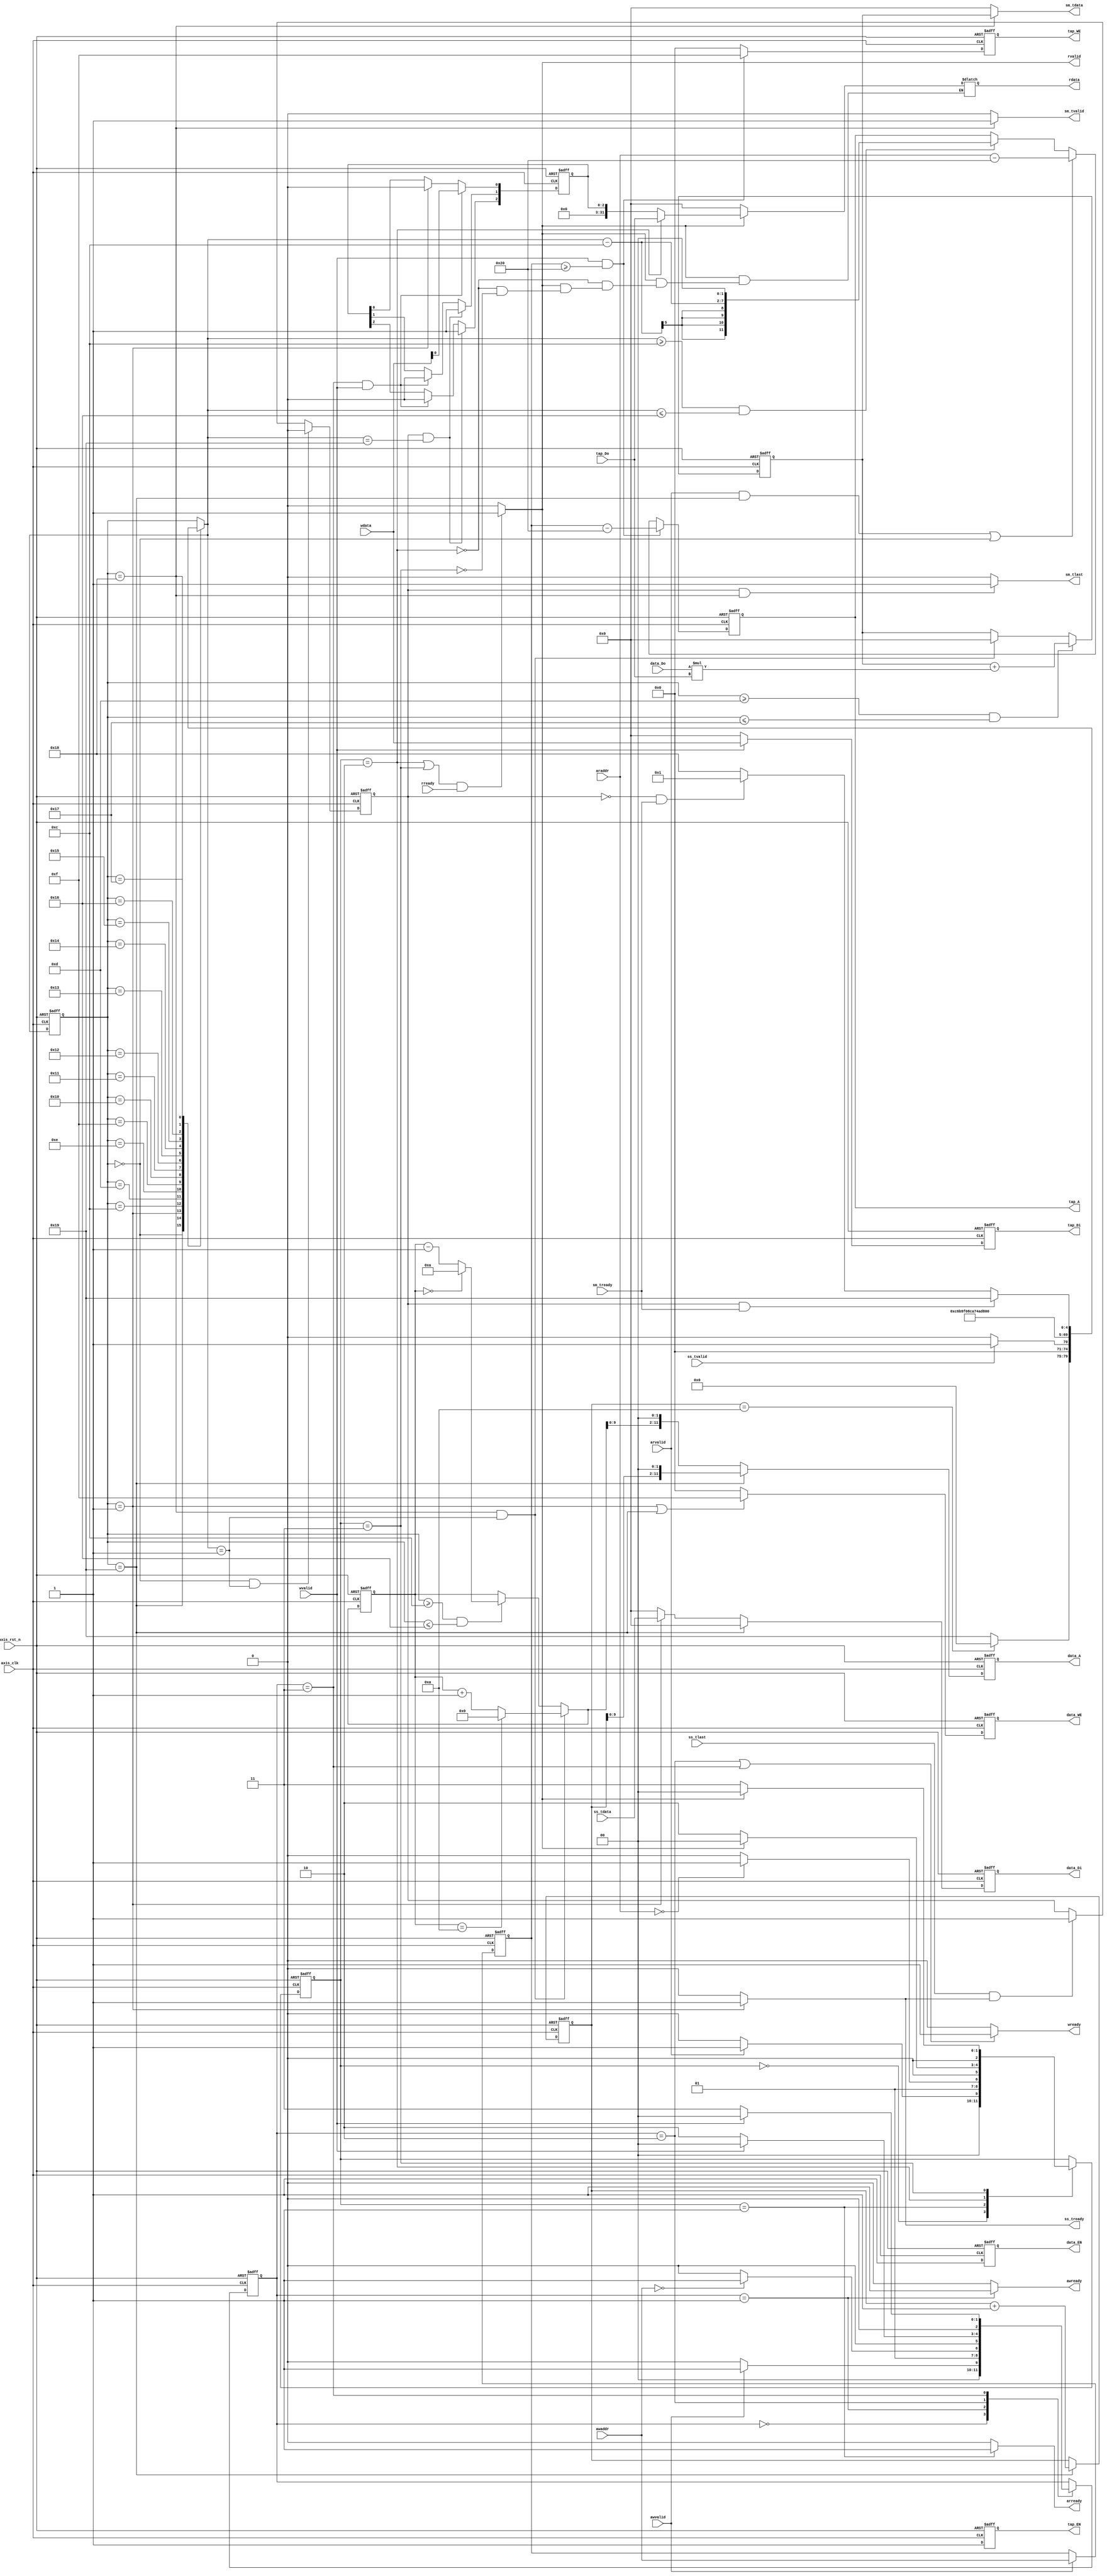
module fir 
#(  parameter pADDR_WIDTH = 12,
    parameter pDATA_WIDTH = 32,
    parameter Tape_Num    = 11
)
(
    // AXI-Lite
    output  reg                     awready,
    output  reg                     wready,
    input   wire                     awvalid,
    input   wire [(pADDR_WIDTH-1):0] awaddr,
    input   wire                     wvalid,
    input   wire [(pDATA_WIDTH-1):0] wdata,
    output  reg                     arready,
    input   wire                     rready,
    input   wire                     arvalid,
    input   wire [(pADDR_WIDTH-1):0] araddr,
    output  reg                     rvalid,
    output  reg [(pDATA_WIDTH-1):0] rdata, 

    // AXI-Stream   
    // Input data
    input   wire                     ss_tvalid, 
    input   wire [(pDATA_WIDTH-1):0] ss_tdata, 
    input   wire                     ss_tlast, 
    output  reg                     ss_tready, 
    // Output data
    input   wire                     sm_tready, 
    output  reg                     sm_tvalid, 
    output  reg [(pDATA_WIDTH-1):0] sm_tdata, 
    output  reg                     sm_tlast, 
    
    // bram for tap RAM
    output  reg [3:0]               tap_WE,
    output  reg                     tap_EN,
    output  reg [(pDATA_WIDTH-1):0] tap_Di,
    output  reg [(pADDR_WIDTH-1):0] tap_A,
    input   wire [(pDATA_WIDTH-1):0] tap_Do,

    // bram for data RAM
    output  reg [3:0]               data_WE,
    output  reg                     data_EN,
    output  reg [(pDATA_WIDTH-1):0] data_Di,
    output  reg [(pADDR_WIDTH-1):0] data_A,
    input   wire [(pDATA_WIDTH-1):0] data_Do,

    input   wire                     axis_clk,
    input   wire                     axis_rst_n
);


//FIR
localparam   IDLE      = 0,
             INPUT_1   = 1 ,
             INPUT_2   = 2 ,
             INPUT_3   = 3 ,
             INPUT_4   = 4 ,
             INPUT_5   = 5 ,
             INPUT_6   = 6 ,
             INPUT_7   = 7 ,
             INPUT_8   = 8 ,
             INPUT_9   = 9 ,
             INPUT_10  = 10,
             INPUT_11  = 11,

             WAIT      = 12,
             ADD_1     = 13,
             ADD_2     = 14,
             ADD_3     = 15,
             ADD_4     = 16,
             ADD_5     = 17,
             ADD_6     = 18,
             ADD_7     = 19,
             ADD_8     = 20,
             ADD_9     = 21,
             ADD_10    = 22,
             ADD_11    = 23,
             OUTPUT    = 24,
             RESET     = 25;

//AXILITE WRITE
localparam  WRITE_IDLE    = 0,
            WRITE_ADDR    = 1,
            WRITE_DATA_AP = 3,
            WRITE_DATA    = 2;

//AXILITE READ
localparam  READ_IDLE  = 0,
            READ_ADDR  = 1,
            READ_DATA  = 2,
            READ_DATA_AP = 3;            
reg [2:0] n_state_write, c_state_write, n_state_read, c_state_read;

reg [(pDATA_WIDTH-1):0] input_data, tap_data, n_tap_data;

reg [4:0] c_state, n_state;
reg done;
reg [(pDATA_WIDTH-1):0] temp;

reg [10:0] data_counter, n_data_counter;
reg [10:0] counter, n_counter;


reg [10:0] pointer, n_pointer;

reg [2:0] ap;

//ap signal
always @( posedge axis_clk or negedge axis_rst_n ) begin
    if(!axis_rst_n) begin
       ap[0] <= 0;
       ap[1] <= 0;
       ap[2] <= 1;
    end
    else begin
        ap[0] <= (c_state_write == WRITE_DATA_AP && wvalid == 1) ? wdata : ( c_state == INPUT_1 ) ? 0 : ap[0];
        ap[1] <= (done == 1 && n_state == RESET) ? 1 : (c_state_write == WRITE_DATA_AP && wvalid == 1) ? 0 : ap [1];
        ap[2] <= (done == 1 && n_state == RESET) ? 1 : (c_state_write == WRITE_DATA_AP && wvalid == 1) ? 0 : ap [2];
    end
end



always @(*) begin
    case (c_state_read)
        READ_IDLE : n_state_read = ( arvalid ) ? READ_ADDR : READ_IDLE;
        READ_ADDR : n_state_read = (araddr == 0) ? READ_DATA_AP : READ_DATA;
        READ_DATA : n_state_read = ( rvalid ) ? READ_IDLE : READ_DATA;
        READ_DATA_AP : n_state_read = ( rvalid ) ? READ_IDLE : READ_DATA_AP;
        default: n_state_read = c_state_read;
    endcase
end

always @( posedge axis_clk or negedge axis_rst_n ) begin
    if(!axis_rst_n) c_state_read <= READ_IDLE;
    else            c_state_read <= n_state_read;
end

always @(*) begin
    arready = ( c_state_read == READ_ADDR ) ? 1 : 0;
    rvalid  = ( (c_state_read == READ_DATA || c_state_read == READ_DATA_AP) && rready == 1 ) ? 1 : 0;
    if(rvalid == 1)begin
        if( c_state_read == READ_DATA )     rdata = tap_Do;
        else if ( c_state_read == READ_DATA_AP )begin
            rdata = ap;
        end
    end 
    else rdata = 0;
end




always @(*) begin
    case (c_state_write)
        WRITE_IDLE    : n_state_write = ( awvalid ) ? WRITE_ADDR : WRITE_IDLE;
        WRITE_ADDR    : n_state_write = (awaddr == 0) ? WRITE_DATA_AP :WRITE_DATA;
        WRITE_DATA    : n_state_write = ( wvalid ) ? WRITE_IDLE : WRITE_DATA;
        WRITE_DATA_AP : n_state_write = ( wvalid ) ? WRITE_IDLE : WRITE_DATA_AP;
        default: n_state_write = c_state_write;
    endcase
end

always @( posedge axis_clk or negedge axis_rst_n ) begin
    if(!axis_rst_n) c_state_write <= WRITE_IDLE;
    else            c_state_write <= n_state_write;
end

always @(*) begin
    awready = ( c_state_write == WRITE_ADDR ) ? 1 : 0;
    wready  = ( c_state_write == WRITE_DATA || c_state_write == WRITE_DATA_AP) ? 1 : 0;
end


//SRAM write in and read out according to AXI addr
reg [11:0] addr_save;


always @( posedge axis_clk or negedge axis_rst_n ) begin
    if(!axis_rst_n)begin
        tap_WE <= 0;
        tap_EN <= 0;
        tap_Di <= 0;
        tap_A  <= 0;
        addr_save <= 0;
    end
    else begin
        tap_EN    <= 1;
        addr_save <= ( awvalid )  ? awaddr : addr_save; 
        tap_A     <= ( wvalid && addr_save >= 32 ) ? addr_save - 'h20 : ( arvalid && c_state == RESET || c_state == IDLE) ? araddr - 'h20 : (n_state >= 12 && n_state <= 22) ? (n_state - 12)<<2 : tap_A ;
        tap_Di    <= ( wvalid ) ? wdata  : 0;
        tap_WE    <= ( wvalid && addr_save >= 32 ) ? 15 : 0;
    end  
end







always @(*) begin
    case (c_state)
        RESET    : n_state = (counter == 10) ? IDLE : RESET;
        IDLE     : n_state = ( ss_tvalid == 1 ) ? INPUT_1 : IDLE;
        INPUT_1  : n_state = WAIT;
        WAIT     : n_state = ADD_1 ;
        ADD_1    : n_state = ADD_2 ;
        ADD_2    : n_state = ADD_3 ;
        ADD_3    : n_state = ADD_4 ;
        ADD_4    : n_state = ADD_5 ;
        ADD_5    : n_state = ADD_6 ;
        ADD_6    : n_state = ADD_7 ;
        ADD_7    : n_state = ADD_8 ;
        ADD_8    : n_state = ADD_9 ;
        ADD_9    : n_state = ADD_10;
        ADD_10   : n_state = ADD_11;
        ADD_11   : n_state = OUTPUT;
        OUTPUT   : n_state = (done == 1 && sm_tready == 1) ? RESET : (done == 0 && sm_tready == 1) ? INPUT_1 : OUTPUT;
        default: n_state = c_state;
    endcase
end

always @(posedge axis_clk or negedge axis_rst_n) begin
    if(!axis_rst_n) done <= 0;
    else            done <= (c_state == IDLE && n_state == INPUT_1) ? 0 : (ss_tlast == 1 && ss_tready == 1) ? 1 : done;
end

always @( posedge axis_clk or negedge axis_rst_n ) begin
    if(!axis_rst_n) c_state <= RESET;
    else            c_state <= n_state;
end


always @( posedge axis_clk or negedge axis_rst_n ) begin
    if(!axis_rst_n)begin
        data_A  <= 0;
        data_EN <= 0;
        data_Di <= 0;
        counter <= 0;
        data_WE <= 0;
    end
    else begin
        counter <= ( c_state == RESET ) ? counter + 1 : counter;
        data_A  <= ( c_state == RESET ) ? counter<<2 : n_pointer<<2;
        data_EN <= 1;
        data_Di <= ( c_state == RESET ) ? 0 : (c_state == INPUT_1) ? ss_tdata : 0;
        data_WE <= ( c_state == INPUT_1 || c_state == RESET ) ? 15 : 0;
    end
end

//axi stream input
always @(*) begin
    ss_tready = (c_state == INPUT_1) ? 1 : 0;
end

//pointer 
always @(*) begin
    n_pointer = pointer;
    if(c_state == OUTPUT && n_state == INPUT_1)begin
        if (pointer == 10) n_pointer = 0;
        else n_pointer = pointer + 1;
    end
    else if (c_state >= 12 && c_state <= 22)begin
        if (pointer == 0) n_pointer = 10;
        else              n_pointer = pointer - 1;
    end                 
end

always @( posedge axis_clk or negedge axis_rst_n) begin
    if(!axis_rst_n) pointer <= 0;
    else           pointer <= n_pointer;
end






//MA
always @(posedge axis_clk or negedge axis_rst_n) begin
    if(!axis_rst_n) temp <= 0;
    else            temp <= (c_state >= 13 && c_state <= 23 ) ? temp + data_Do*tap_Do : ( c_state == OUTPUT && n_state == INPUT_1 ) ? 0 : temp;
end

//stream out
always @(*) begin
    sm_tlast  = ( done == 1 && c_state == OUTPUT ) ? 1 : 0;
    sm_tvalid = ( c_state == OUTPUT ) ? 1 : 0;
    sm_tdata  = ( c_state == OUTPUT ) ? temp : 0;
end



endmodule